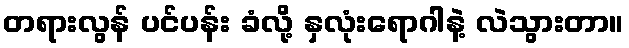
တရားလွန် ပင်ပန်း ခံလို့ နှလုံးရောဂါနဲ့ လဲသွားတာ။